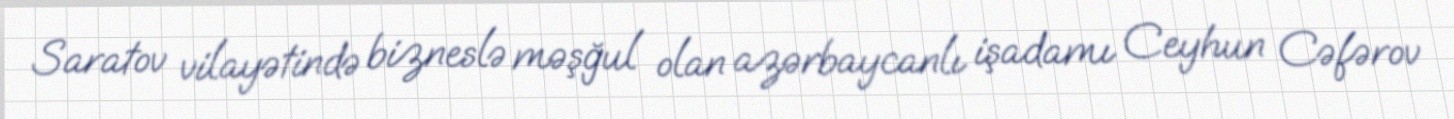
Saratov vilayətində bizneslə məşğul olan azərbaycanlı işadamı Ceyhun Cəfərov